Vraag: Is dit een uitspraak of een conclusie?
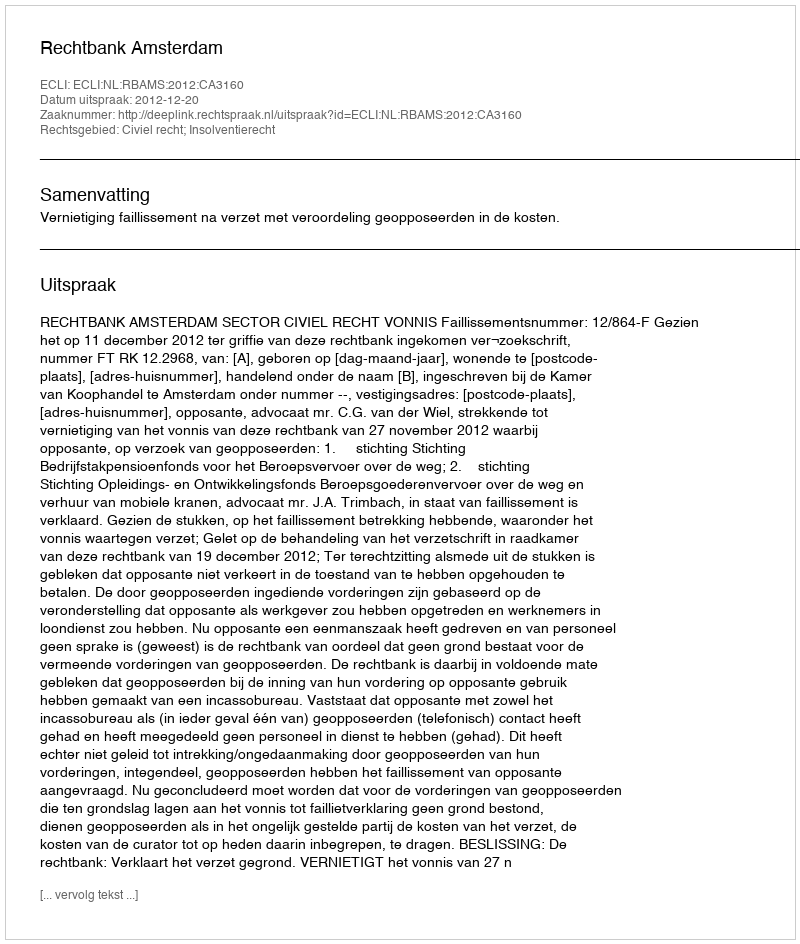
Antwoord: Uitspraak